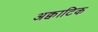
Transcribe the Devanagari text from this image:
अक्वाटिक